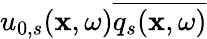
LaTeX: u_{0,s}(\mathbf{x},\omega)\overline{{q_{s}(\mathbf{x},\omega)}}